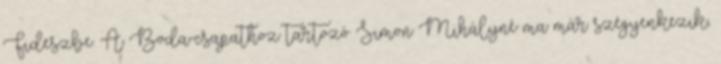
Fideszbe. A Boda-csapathoz tartozó Simon Mihályné ma már szégyenkezik,